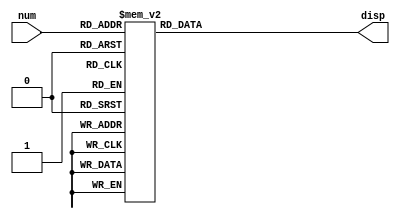
module sevenseg
	(
		input [3:0]num, 
		output reg [6:0]disp
	);
	always@(num)
	begin
		case(num)
			4'b0000 : disp <= 7'b1000000;
			4'b0001 : disp <= 7'b1111001;
			4'b0010 : disp <= 7'b0100100;
			4'b0011 : disp <= 7'b0110000;
			4'b0100 : disp <= 7'b0011001;
			4'b0101 : disp <= 7'b0010010;
			4'b0110 : disp <= 7'b0000010;
			4'b0111 : disp <= 7'b1111000;
			4'b1000 : disp <= 7'b0000000;
			4'b1001 : disp <= 7'b0010000;
			4'b1010 : disp <= 7'b0001000;
			4'b1011 : disp <= 7'b0000000;
			4'b1100 : disp <= 7'b1000110;
			4'b1101 : disp <= 7'b1000000;
			4'b1110 : disp <= 7'b0000110;
			4'b1111 : disp <= 7'b0001110;
		endcase
	end
endmodule